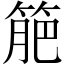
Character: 䈈